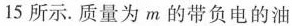
15所示。质量为m的带负电的油